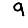
Digit: 9